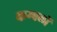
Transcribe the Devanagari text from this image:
कम्बलों